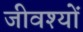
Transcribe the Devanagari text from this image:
जीवश्यों